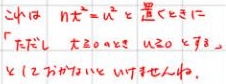
由于你提供的内容并非规范可识别的有意义内容（看起来像是乱码等无规则字符），无法按照正常要求以LaTeX格式准确呈现。请你检查并提供准确清晰的内容。